Tartu_linnavalitsus, lk 4
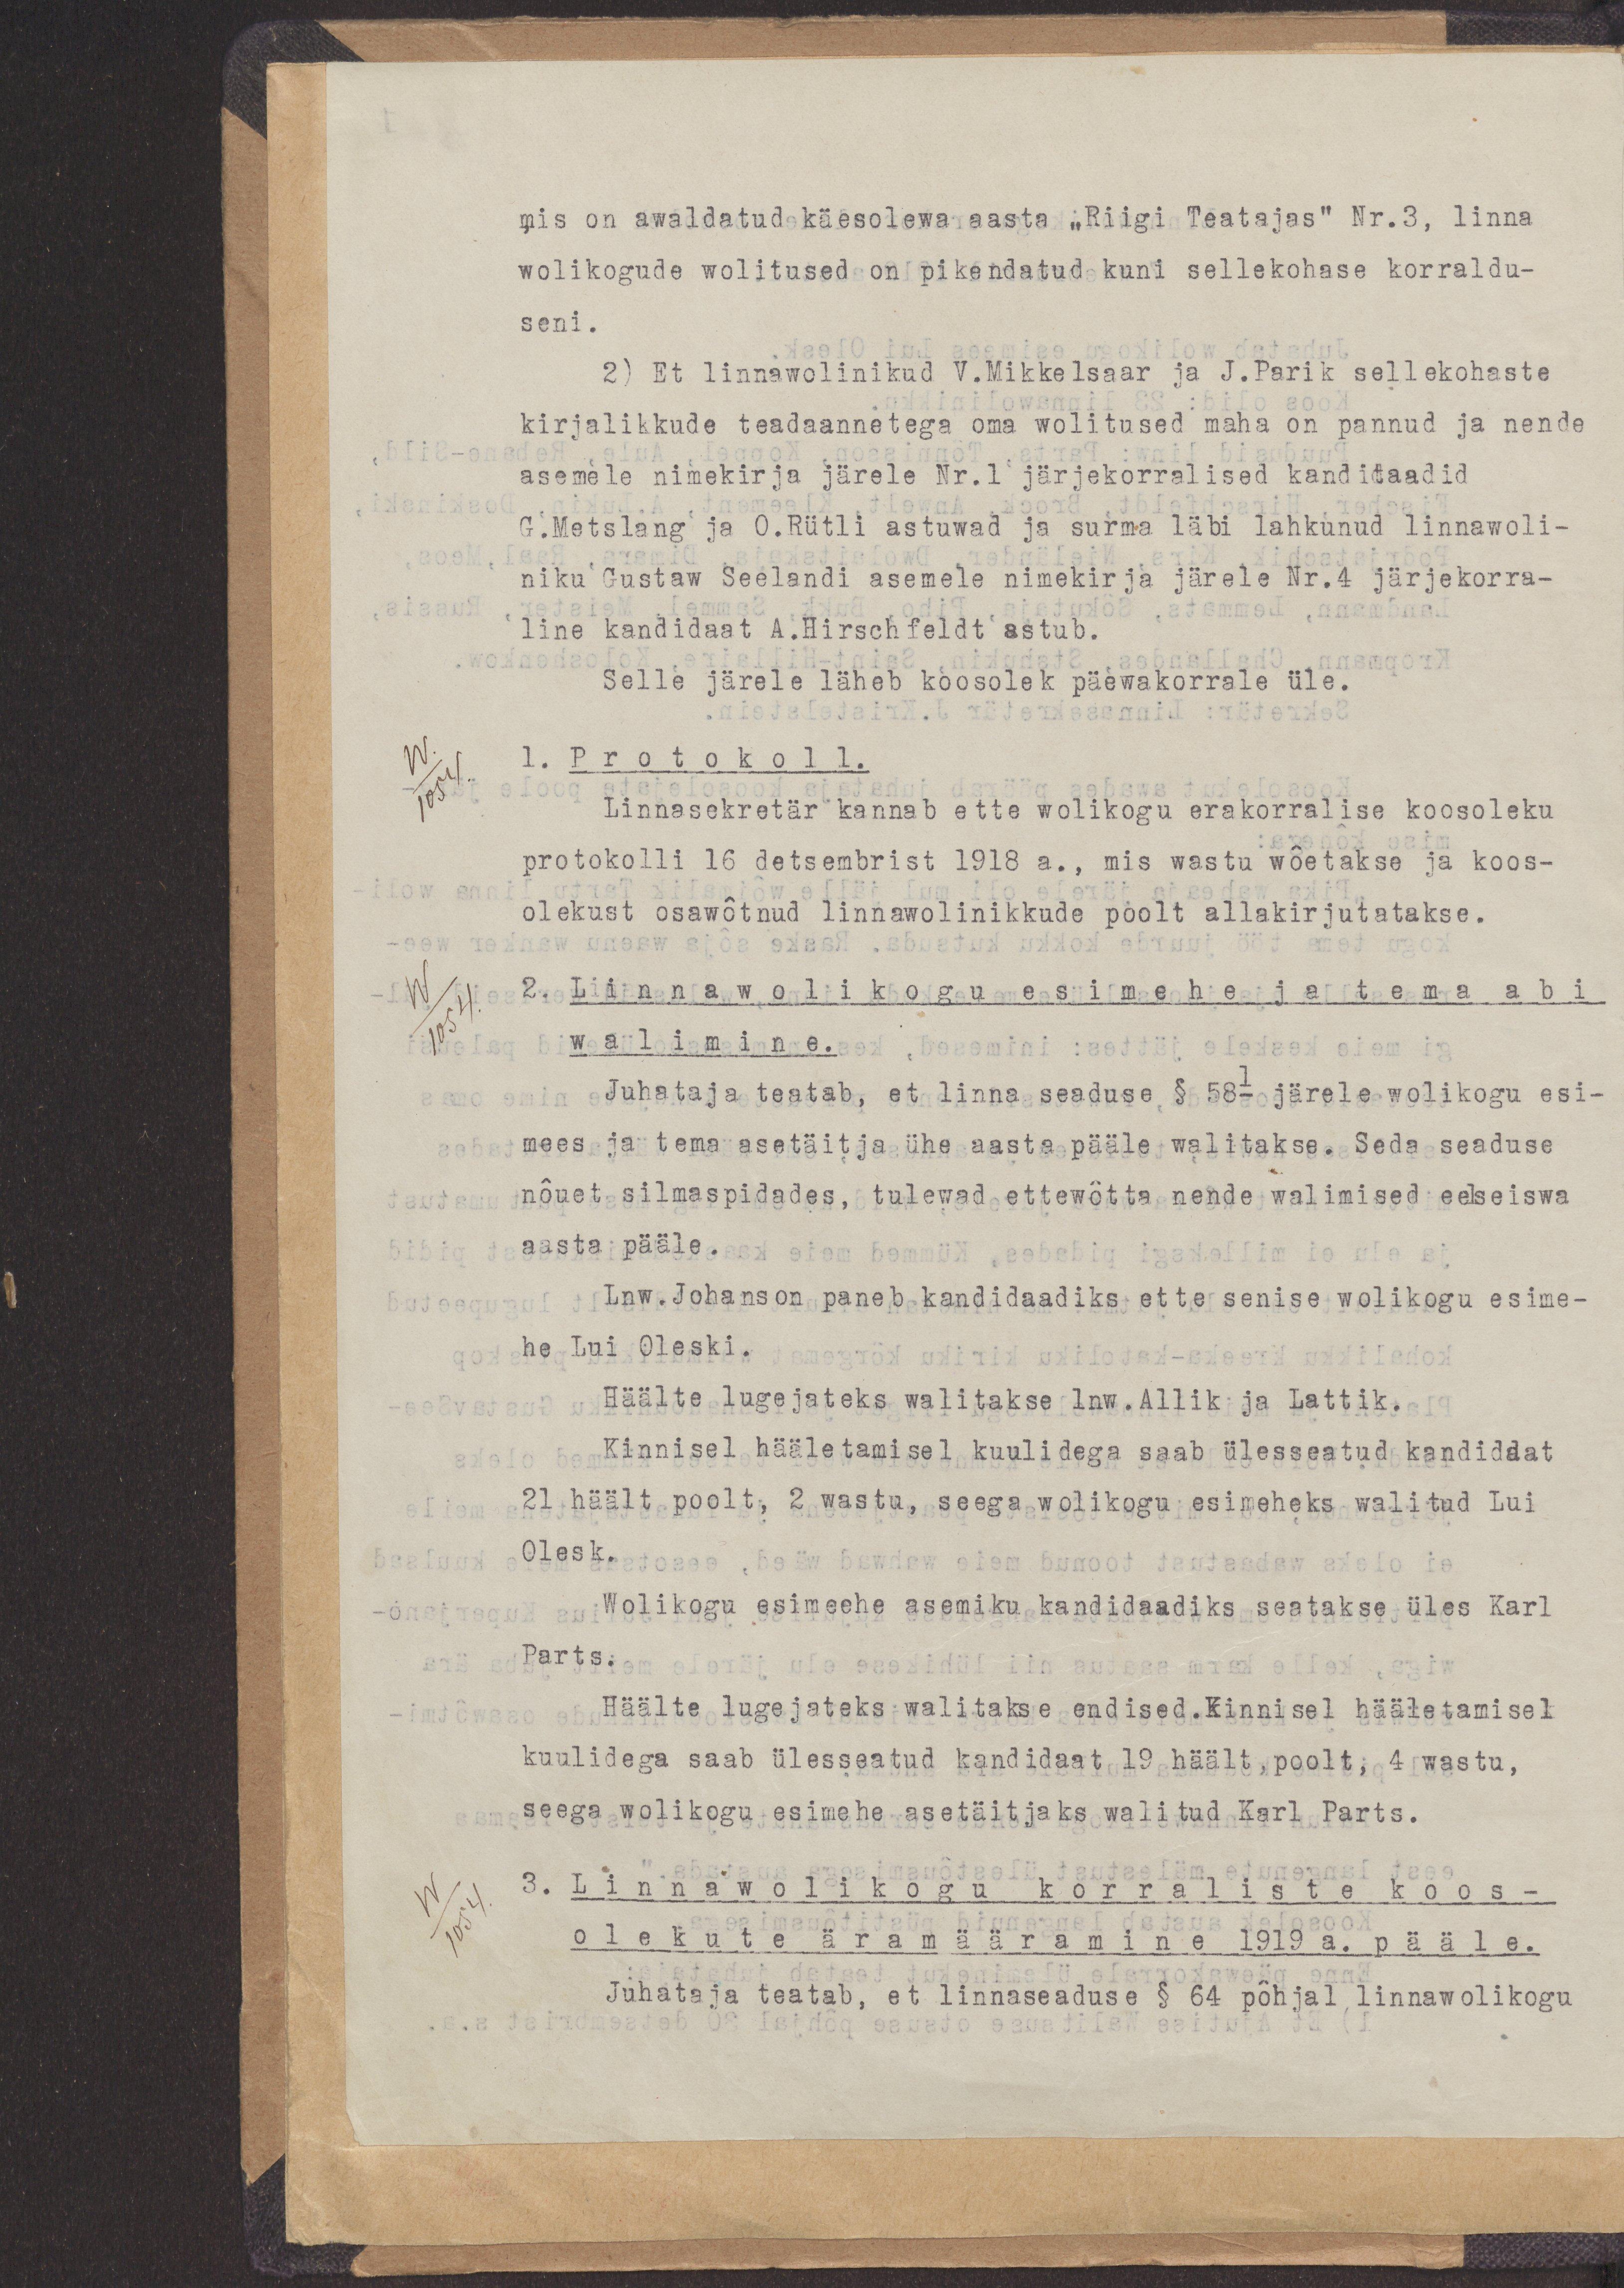
mis on awaldatud käesolewa aasta „Riigi Teatajas“ Nr.3, linna
wolikogude wolitused on pikendatud kuni sellekohase korraldu-	
seni.
2) Et linnawolinikud V.Mikkelsaar ja J.Parik sellekohaste
kirjalikkude teadaannetega oma wolitused maha on pannud ja nende
asemele nimekirja järele Nr.1 järjekorralised kanditaadid
G.Metslang ja O.Rütli astuwad ja surma läbi lahkunud linnawoli-
niku Gustav Seelandi asemele nimekirja järele Nr.4 järjekorra-
line kandidaat A. Hirschfeldt astub.
Selle järele läheb koosolek päewakorrale üle.
1. Protokoll.
Linnasekretär kannab ette wolikogu erakorralise koosoleku
protokolli 16 detsembrist 1918 a., mis wastu wõetakse ja koos-
olekust osawõtnud linnawolinikkude poolt allakirjutatakse.
2. Linnawolikogu esimehe ja tema abi
walimine.
Juhataja teatab, et linna seaduse § 58- järele wolikogu esi-
mees ja tema asetäitja ühe aasta pääle walitakse. Seda seaduse
nõuet silmaspidades, tulewad ettewõtta nende walimised eelseiswa
aasta pääle.
Lnw. Johanson paneb kandidaadiks ette senise wolikogu esime-
he Lui Oleski.
Häälte lugejateks walitakse lnw.Allik ja Lattik.
Kinnisel hääletamisel kuulidega saab ülesseatud kandidaat
21 häält poolt, 2 wastu, seega wolikogu esimeheks walitud Lui
Olesk.
Wolikogu esimehe asemiku kandidaadiks seatakse üles Karl
Parts.
Häälte lugejateks walitakse endised. Kinnisel hääletamisel
kuulidega saab ülesseatud kandidaat 19 häält, poolt, 4 wastu,
seega wolikogu esimehe asetäitjaks walitud Karl Parts.
3. Linnawolikogu korraliste koos-
olekute äramääramine 1919 a. pääle.
Juhataja teatab, et linnaseaduse § 64 põhjal linnawolikogu